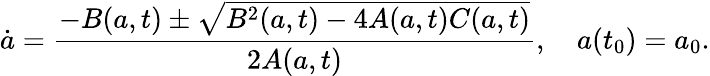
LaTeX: \dot{a}=\frac{-B(a,t)\pm\sqrt{B^{2}(a,t)-4A(a,t)C(a,t)}}{2A(a,t)},\quad a(t_{0})=a_{0}.